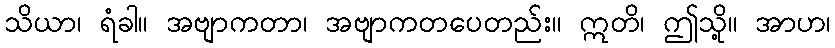
သိယာ၊ ရံခါ။ အဗျာကတာ၊ အဗျာကတပေတည်း။ ဣတိ၊ ဤသို့။ အာဟ၊